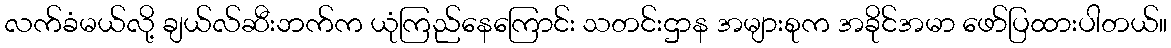
လက်ခံမယ်လို့ ချယ်လ်ဆီးဘက်က ယုံကြည်နေကြောင်း သတင်းဌာန အများစုက အခိုင်အမာ ဖော်ပြထားပါတယ်။